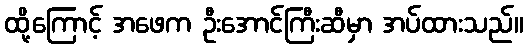
ထို့ကြောင့် အဖေက ဦးအောင်ကြီးဆီမှာ အပ်ထားသည်။